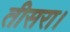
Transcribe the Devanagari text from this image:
तीसरा।